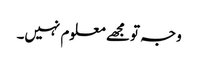
وجہ تو مجھے معلوم نہیں۔